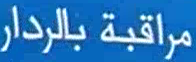
مراقبة بالرادار